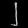
Digit: ၂